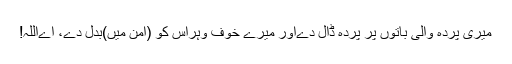
میری پردہ والی باتوں پر پردہ ڈال دےاور میرے خوف وہراس کو (امن میں)بدل دے، اےاللہ!